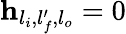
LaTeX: \mathbf{h}_{l_{i},l_{f}^{\prime},l_{o}}=0